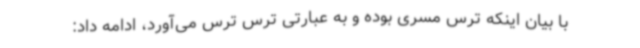
با بیان اینکه ترس مسری بوده و به عبارتی ترس ترس می‌آورد، ادامه داد: